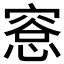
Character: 𪬛